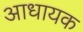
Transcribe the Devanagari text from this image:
आधायक